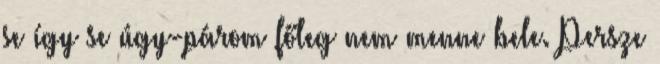
se így se úgy-párom főleg nem menne bele. Persze